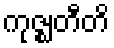
ကုဇ္ဈတီတိ